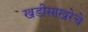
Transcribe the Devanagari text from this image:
खडीसाखरेचे